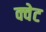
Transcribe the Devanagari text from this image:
क्वेट